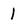
Character: 1